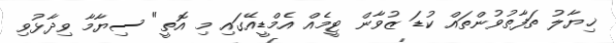
ޚިޔާލު ތަފާތުވުންތައް ކުޑަ ޒުވާން ޓީމެއް އެމްޑީއޭގައި މި އޮތީ" ސިޔާމާ ވިދާޅުވި